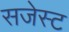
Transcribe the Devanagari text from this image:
सजेस्ट